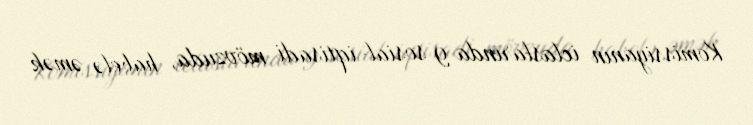
Komissiyanın iclaslarında 9 sosial-iqtisadi mövzuda, habelə əmək